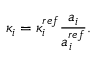
\kappa _ { i } = \kappa _ { i } ^ { r e f } \frac { a _ { i } } { a _ { i } ^ { r e f } } .